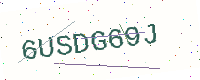
Text: 6USDG69J